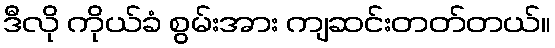
ဒီလို ကိုယ်ခံ စွမ်းအား ကျဆင်းတတ်တယ်။